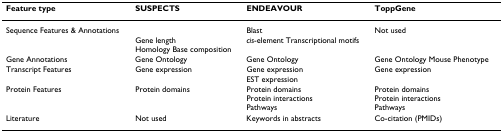
<table><thead><tr><td><b>Feature type</b></td><td><b>SUSPECTS</b></td><td><b>ENDEAVOUR</b></td><td><b>ToppGene</b></td></tr></thead><tbody><tr><td>Sequence Features &amp; Annotations</td><td>Gene lengthHomology Base composition</td><td>Blast<i>cis</i>-element Transcriptional motifs</td><td>Not used</td></tr><tr><td>Gene Annotations</td><td>Gene Ontology</td><td>Gene Ontology</td><td>Gene Ontology Mouse Phenotype</td></tr><tr><td>Transcript Features</td><td>Gene expression</td><td>Gene expression EST expression</td><td>Gene expression</td></tr><tr><td>Protein Features</td><td>Protein domains</td><td>Protein domainsProtein interactionsPathways</td><td>Protein domainsProtein interactionsPathways</td></tr><tr><td>Literature</td><td>Not used</td><td>Keywords in abstracts</td><td>Co-citation (PMIDs)</td></tr></tbody></table>